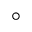
^ { \circ }